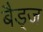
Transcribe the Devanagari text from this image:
बैड्ज